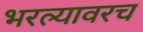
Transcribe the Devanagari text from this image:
भरल्यावरच